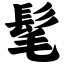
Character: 髦